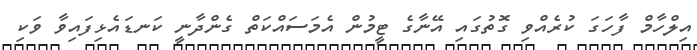
އިލްހާމް ފާހަގަ ކުރެއްވި ގޮތުގައި އޭނާގެ ޓީމުން އެމަސައްކަތް ގެންދާނީ ކަނޑައެޅިފައިވާ ވަކި